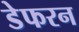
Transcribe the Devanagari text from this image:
डेफरन